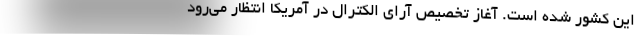
این کشور شده است. آغاز تخصیص آرای الکترال در آمریکا انتظار می‌رود